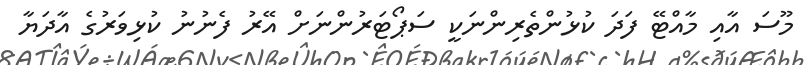
މޫސަ އާއި މާއްޓޭ ފަދަ ކުޅުންތެރިންނަކީ ސަޕޯޓަރުންނަށް އޭރު ފެނުނު ކުޅިވަރުގެ އާދަޔާ